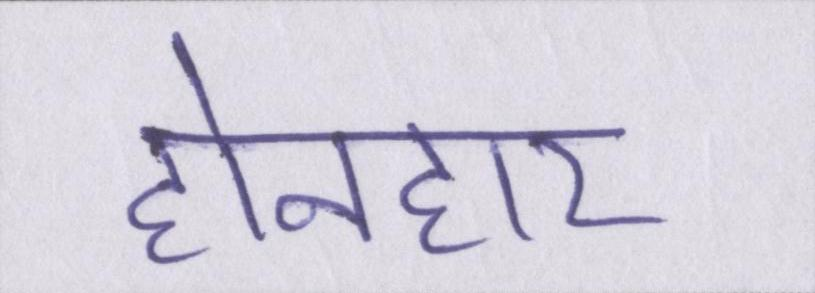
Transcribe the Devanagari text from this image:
होनहार